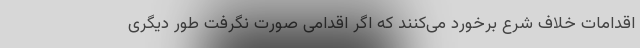
اقدامات خلاف شرع برخورد می‌کنند که اگر اقدامی صورت نگرفت طور دیگری